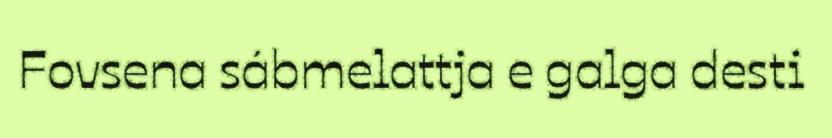
Fovsena sábmelattja e galga desti